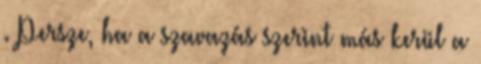
. Persze, ha a szavazás szerint más kerül a